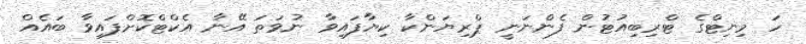
ހަ މިނިޓްގެ ޓްރިބިއުޓުން ފެންނަނީ ޕްރިޔަންކާ ކިޔާފައިވާ ނުވަތަ އޭނާ އެކްޓްކޮށްފައިވާ ބައެއް